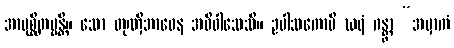
အာပုစ္ဆိတဗ္ဗန္တိ။ သော တုဏှိဘာဝေန အဓိဝါသေသိ။ ဥပါသကောပိ ဃရံ ဂန္တွာ “အမှာကံ